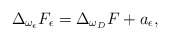
\begin{align*} \Delta_{\omega_{\epsilon}}F_{\epsilon}=\Delta_{\omega_{D}}F+a_{\epsilon}, \end{align*}